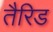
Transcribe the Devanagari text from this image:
तैरिड